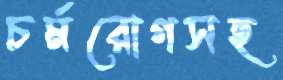
চর্মরোগসহ